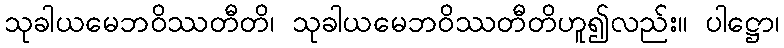
သုခါယမေဘဝိဿတီတိ၊ သုခါယမေဘဝိဿတီတိဟူ၍လည်း။ ပါဋ္ဌော၊